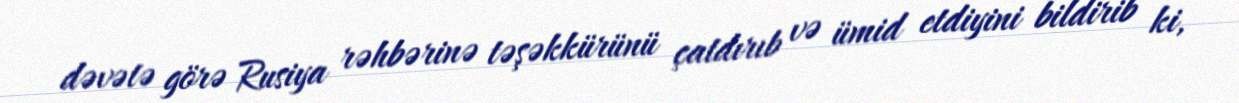
dəvətə görə Rusiya rəhbərinə təşəkkürünü çatdırıb və ümid etdiyini bildirib ki,